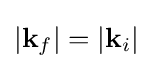
|\mathbf {k} _{f}|=|\mathbf {k} _{i}|